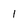
Character: 1